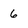
Character: 6